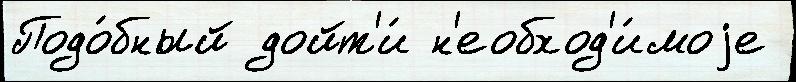
Подо́бный дойт'и́ н'еобход'и́моjе